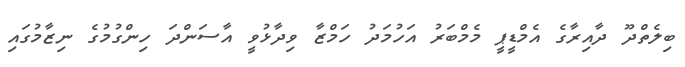
ބިލެތްދޫ ދާއިރާގެ އެމްޑީޕީ މެމްބަރު އަހުމަދު ހަމްޒާ ވިދާޅުވީ އާސަންދަ ހިންގުމުގެ ނިޒާމުގައި